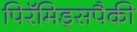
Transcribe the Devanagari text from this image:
पिरॅमिड्सपैकी